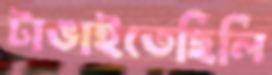
টাঙাইতেছিলি